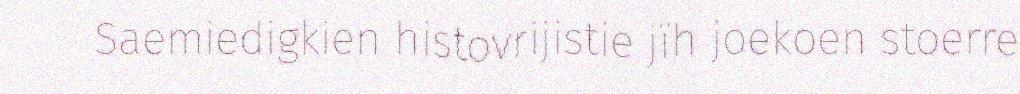
Saemiedigkien histovrijistie jïh joekoen stoerre